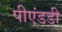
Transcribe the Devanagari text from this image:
पीएंडडी